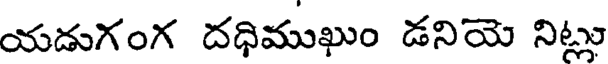
యడుగంగ దధిముఖుం డనియె నిట్లు